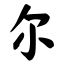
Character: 尔